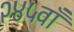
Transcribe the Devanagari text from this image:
२४५वाँ